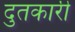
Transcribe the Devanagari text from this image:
दुतकारी